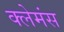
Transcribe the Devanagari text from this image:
क्लेमंस